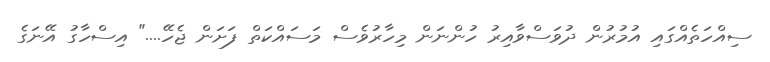
ސިއްހަތެއްގައި އުމުރުން ދުވަސްވާއިރު ހުންނަން މިހާރުވެސް މަސައްކަތް ފަށަން ޖެހޭ...." އިސްހާގު އޭނަގެ